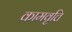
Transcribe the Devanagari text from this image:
कामवृत्ति